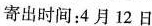
寄出时间：4月12日